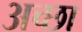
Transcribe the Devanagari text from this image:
अच्छा